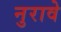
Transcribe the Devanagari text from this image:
नुरावे